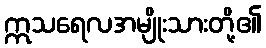
ဣသရေလအမျိုးသားတို့၏